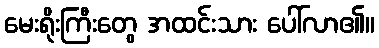
မေးရိုးကြီးတွေ အထင်းသား ပေါ်လာ၏။